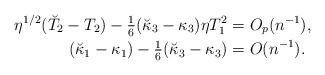
LaTeX: \begin{align*}\eta^{1/2}(\breve T_2-T_2)-{\textstyle{1\over 6}}(\breve \kappa_3-\kappa_3)\eta T_1^2&=O_p(n^{-1}),\\(\breve \kappa_1-\kappa_1)-{\textstyle{1\over 6}}(\breve \kappa_3-\kappa_3)&=O(n^{-1}).\end{align*}